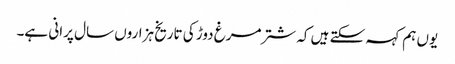
یوں ہم کہہ سکتے ہیں کہ شترمرغ دوڑ کی تاریخ ہزاروں سال پرانی ہے۔